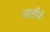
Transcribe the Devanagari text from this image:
जातीनें